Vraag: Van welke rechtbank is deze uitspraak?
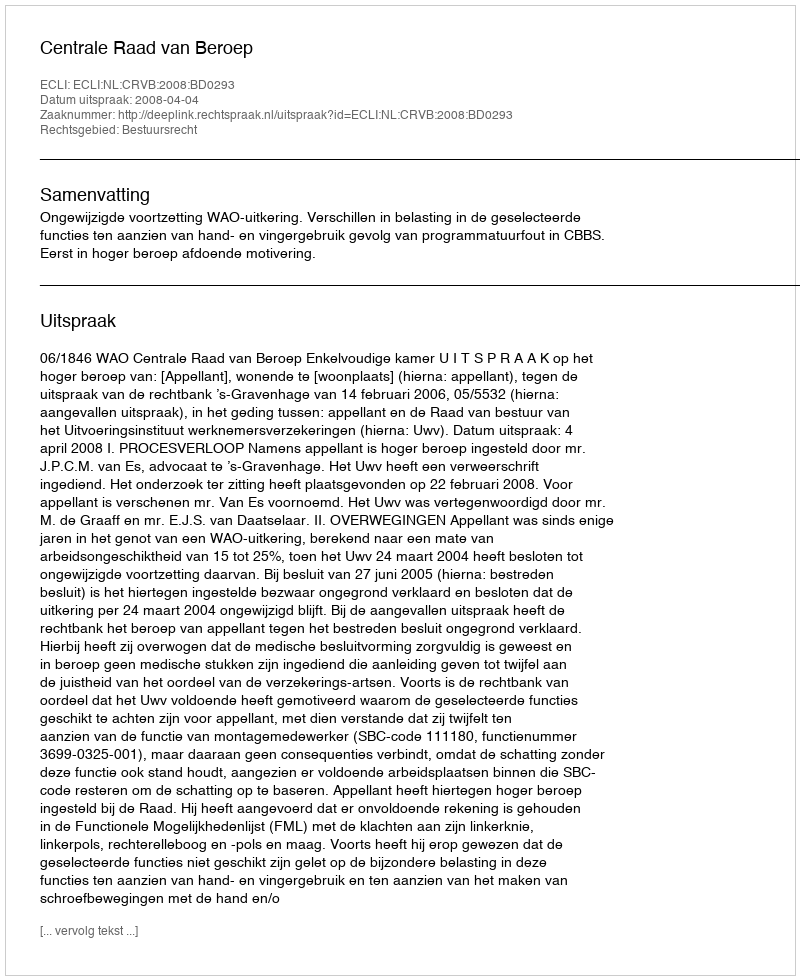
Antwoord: Centrale Raad van Beroep